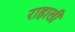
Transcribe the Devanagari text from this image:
राहाली